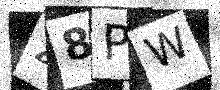
Text: Z8PW